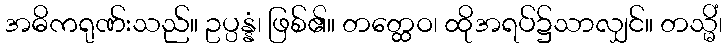
အဓိကရုဏ်းသည်။ ဥပ္ပန္နံ၊ ဖြစ်၏။ တတ္ထေဝ၊ ထိုအရပ်၌သာလျှင်။ တသ္မိံ၊